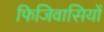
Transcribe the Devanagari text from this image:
फिजिवासियों